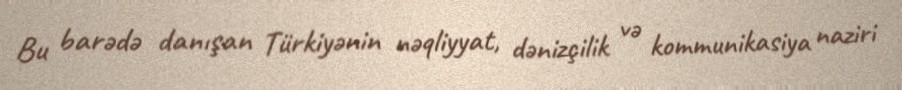
Bu barədə danışan Türkiyənin nəqliyyat, dənizçilik və kommunikasiya naziri